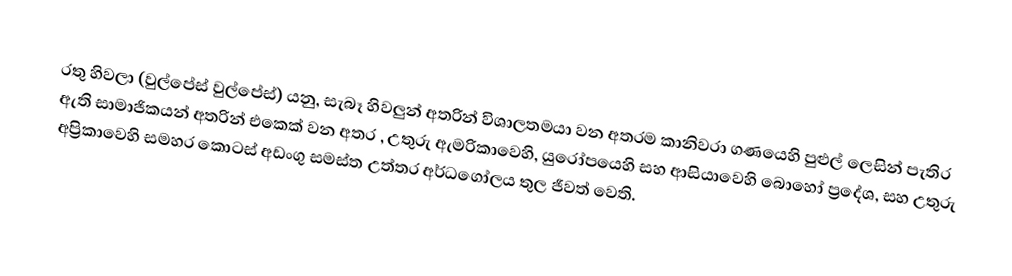
රතු හිවලා (වුල්පේස් වුල්පේස්) යනු, සැබෑ හිවලුන් අතරින් විශාලතමයා වන අතරම කානිවරා ගණයෙහි පුළුල් ලෙසින් පැතිර ඇති සාමාජිකයන් අතරින් එකෙක් වන අතර , උතුරු ඇමරිකාවෙහි, යුරෝපයෙහි සහ ආසියාවෙහි බොහෝ ප්‍රදේශ, සහ  උතුරු අප්‍රිකාවෙහි සමහර කොටස් අඩංගු සමස්ත උත්තර අර්ධගෝලය තුල ජීවත් වෙති.